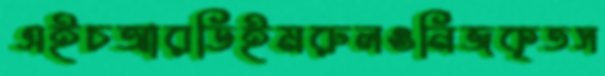
এইচআরডিইমরুলওনিজকৃতস